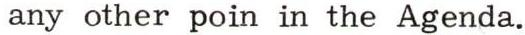
any other poin in the Agenda.